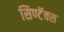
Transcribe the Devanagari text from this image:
सिण्टॅक्स